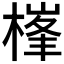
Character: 𣗏